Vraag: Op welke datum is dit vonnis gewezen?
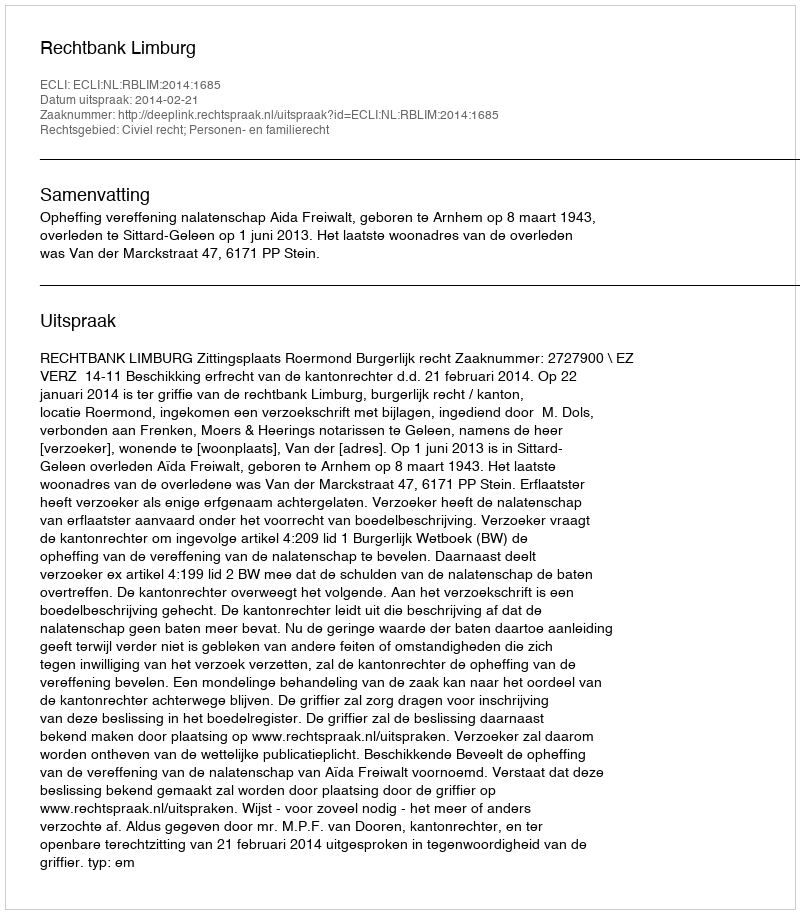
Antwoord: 2014-02-21